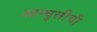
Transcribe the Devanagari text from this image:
आन्घुलीची